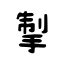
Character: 掣